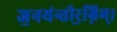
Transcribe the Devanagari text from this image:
ज॒नय॑न्तीर॒ग्निम्।